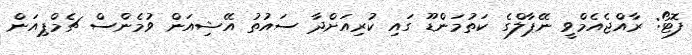
ފޮޓޯ: ރާއްޖެއެމްވީ ނޭޕާލްގެ ކަތުމަންޑޫ ގައި ކުރިއަށްދާ ސައުތު އޭޝިއަން ވުމެންސް ޗެމްޕިއަން